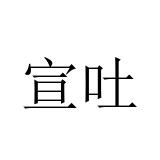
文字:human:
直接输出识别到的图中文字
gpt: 宣吐